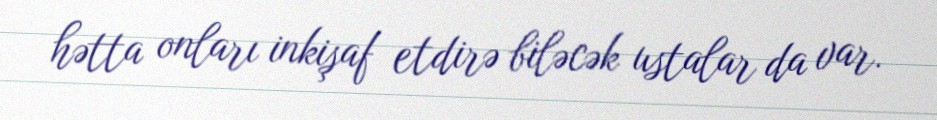
hətta onları inkişaf etdirə biləcək ustalar da var.